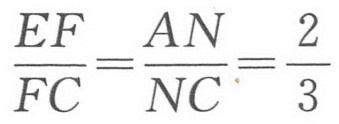
$\frac{EF}{FC}=\frac{AN}{NC}=\frac{2}{3}$